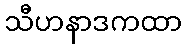
သီဟနာဒကထာ